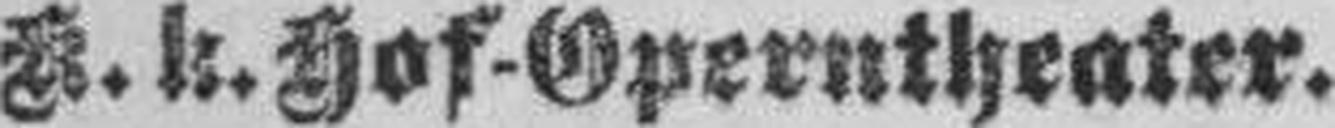
K. k. Hof-Operntheater.